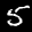
Label: 5